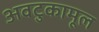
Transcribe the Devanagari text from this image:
अवटुकामूल